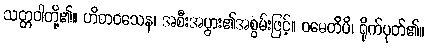
သတ္တဝါတို့၏။ ဟိတဝသေန၊ အစီးအပွား၏အစွမ်းဖြင့်။ ဝဓေတိပိ၊ ရိုက်ပုတ်၏။